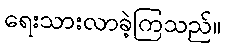
ရေးသားလာခဲ့ကြသည်။